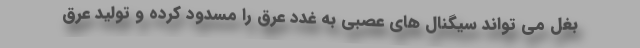
بغل می تواند سیگنال های عصبی به غدد عرق را مسدود کرده و تولید عرق